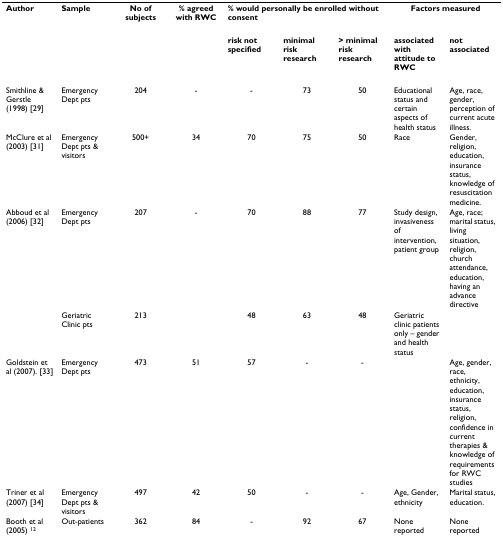
<table><thead><tr><td><b>Author</b></td><td><b>Sample</b></td><td><b>No of subjects</b></td><td><b>% agreed with RWC</b></td><td colspan="3"><b>% would personally be enrolled without consent</b></td><td colspan="2"><b>Factors measured</b></td></tr><tr><td></td><td></td><td></td><td></td><td><b>risk not specified</b></td><td><b>minimal risk research</b></td><td><b>&gt; minimal risk research</b></td><td><b>associated with attitude to RWC</b></td><td><b>not associated</b></td></tr></thead><tbody><tr><td>Smithline &amp; Gerstle (1998) [29]</td><td>Emergency Dept pts</td><td>204</td><td>-</td><td>-</td><td>73</td><td>50</td><td>Educational status and certain aspects of health status</td><td>Age, race, gender, perception of current acute illness.</td></tr><tr><td>McClure et al (2003) [31]</td><td>Emergency Dept pts &amp; visitors</td><td>500+</td><td>34</td><td>70</td><td>75</td><td>50</td><td>Race</td><td>Gender, religion, education, insurance status, knowledge of resuscitation medicine.</td></tr><tr><td>Abboud et al (2006) [32]</td><td>Emergency Dept pts</td><td>207</td><td>-</td><td>70</td><td>88</td><td>77</td><td>Study design, invasiveness of intervention, patient group</td><td>Age, race; marital status, living situation, religion, church attendance, education, having an advance directive</td></tr><tr><td></td><td>Geriatric Clinic pts</td><td>213</td><td></td><td>48</td><td>63</td><td>48</td><td>Geriatric clinic patients only – gender and health status</td><td></td></tr><tr><td>Goldstein et al (2007). [33]</td><td>Emergency Dept pts</td><td>473</td><td>51</td><td>57</td><td>-</td><td>-</td><td></td><td>Age, gender, race, ethnicity, education, insurance status, religion, confidence in current therapies &amp; knowledge of requirements for RWC studies</td></tr><tr><td>Triner et al (2007) [34]</td><td>Emergency Dept pts &amp; visitors</td><td>497</td><td>42</td><td>50</td><td>-</td><td>-</td><td>Age, Gender, ethnicity</td><td>Marital status, education.</td></tr><tr><td>Booth et al (2005) <sup>12</sup></td><td>Out-patients</td><td>362</td><td>84</td><td>-</td><td>92</td><td>67</td><td>None reported</td><td>None reported</td></tr></tbody></table>